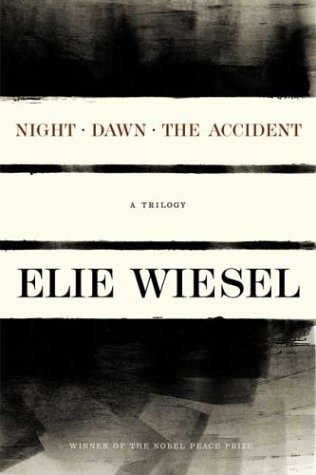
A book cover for Night, Dawn, The Accident, A Trilogy; Elie Wiesel; Biographies & Memoirs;